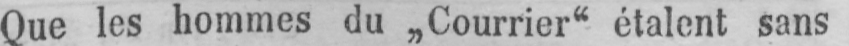
Que les hommes du „Courrier“ étalent sans